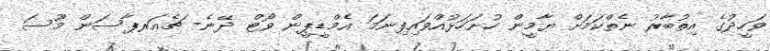
ވަހީދުގެ އިތުބާރު ނެތްކަމަށް ޔާމީން ހުށަހަޅުއްވައިފިނަމަ އެމްޑީޕީން ވޯޓް ދޭނެ- ޗެއަރޕާސަން މޫސަ